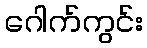
ဂေါက်ကွင်း